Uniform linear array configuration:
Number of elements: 4
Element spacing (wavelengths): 0.5
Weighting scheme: kaiser
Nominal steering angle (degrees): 60
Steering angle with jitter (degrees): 60.934
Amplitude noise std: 0.05
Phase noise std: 0.05

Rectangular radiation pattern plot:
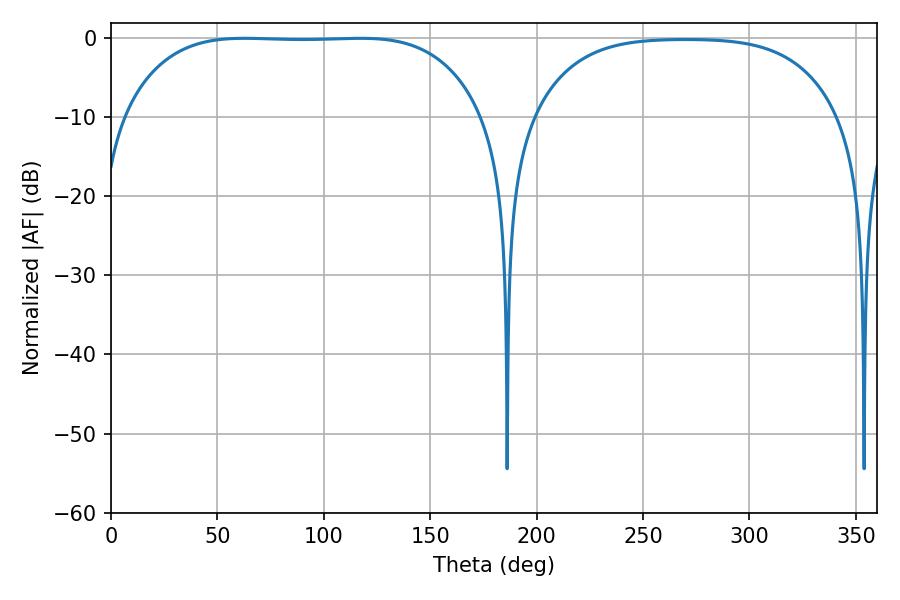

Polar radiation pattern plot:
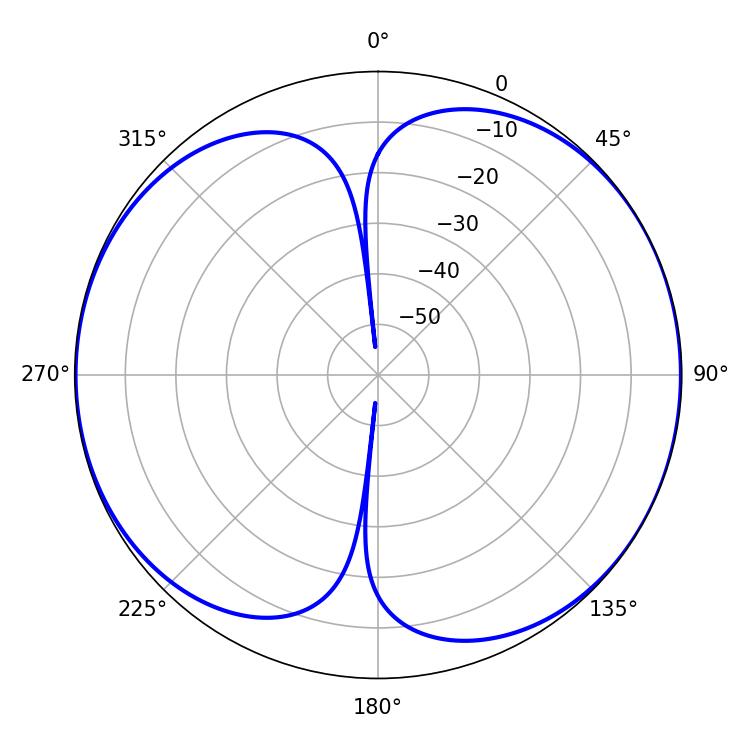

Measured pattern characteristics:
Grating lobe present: FALSE
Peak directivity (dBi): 7.973
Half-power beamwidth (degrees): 130.68
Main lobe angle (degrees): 62.82